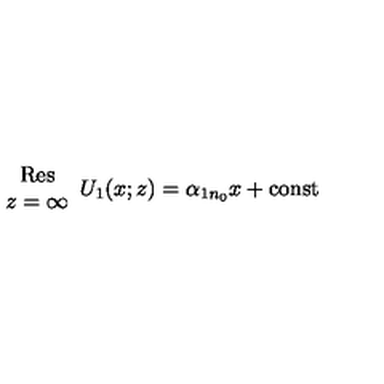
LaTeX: \begin{array} { c } { \mathrm { R e s } } \\ { z = \infty } \\ \end{array} U _ { 1 } ( x ; z ) = \alpha _ { 1 n _ { 0 } } x + \mathrm { c o n s t }